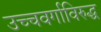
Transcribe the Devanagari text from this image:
उच्चवर्गाविरुद्ध